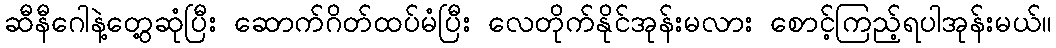
ဆီနီဂေါနဲ့တွေ့ဆုံပြီး ဆောက်ဂိတ်ထပ်မံပြီး လေတိုက်နိုင်အုန်းမလား စောင့်ကြည့်ရပါအုန်းမယ်။